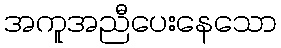
အကူအညီပေးနေသော